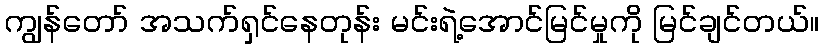
ကျွန်တော် အသက်ရှင်နေတုန်း မင်းရဲ့အောင်မြင်မှုကို မြင်ချင်တယ်။